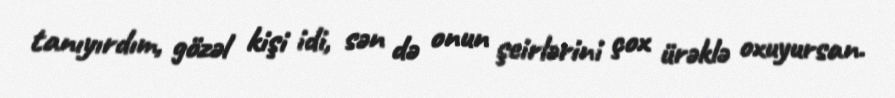
tanıyırdım, gözəl kişi idi, sən də onun şeirlərini çox ürəklə oxuyursan.